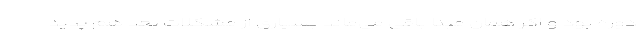
دوره بود و اگر همان مبنا باقی می‌ماند بسیاری از مشکلات بعد هم پدید